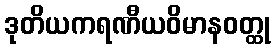
ဒုတိယကရဏီယဝိမာနဝတ္ထု